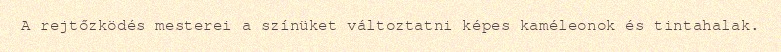
A rejtőzködés mesterei a színüket változtatni képes kaméleonok és tintahalak.